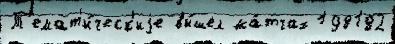
Т'емат'и́ческ'иjе вы́шел ма́тчах 198182